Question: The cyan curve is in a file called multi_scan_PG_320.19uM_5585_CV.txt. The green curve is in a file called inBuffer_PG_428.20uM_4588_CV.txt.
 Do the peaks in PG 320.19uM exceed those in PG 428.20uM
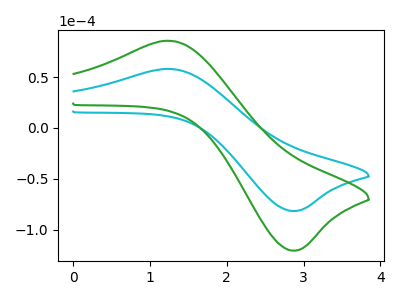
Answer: <think>The cyan curve "PG 320.19uM" has an anodic peak at (1.30V, 57.85uA) and a cathodic peak at (2.85V, -81.45uA). The green curve "PG 428.20uM" has an anodic peak at (1.30V, 85.45uA) and a cathodic peak at (2.85V, -120.35uA).</think>
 <answer>Every peak in "PG 320.19uM" is lower than every peak in "PG 428.20uM".</answer>
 <eval>lower</eval>